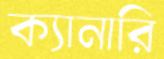
ক্যানারি